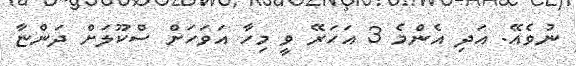
ނުވެއޭ. އަދި އެންމެ 3 އަހަރޭ ވީ މިހާ އަވަހަށް ސްކޫލަށް ދަންޏާ